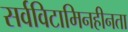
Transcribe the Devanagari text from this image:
सर्वविटामिनहीनता